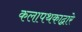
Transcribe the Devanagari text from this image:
कलापथकाद्वारे